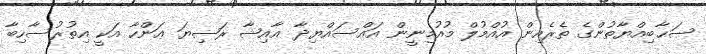
ޞަޙާބިއްޔާތުންގެ ތެރެއިން އުއްމުލް މުއުމިނީން އައްސައްޔިދާ ޢާއިޝާ ރަޟިޔަ ޢަންހާ އަކީ އިތުރުސާހިބާ